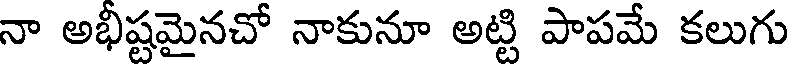
నా అభీష్టమైనచో నాకునూ అట్టి పాపమే కలుగు